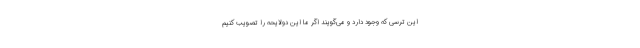
این ترسی که وجود دارد و می‌گویند اگر ما این دولایحه را تصویب کنیم